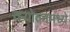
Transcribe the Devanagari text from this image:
क्योल्नमध्ये